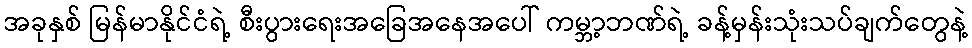
အခုနှစ် မြန်မာနိုင်ငံရဲ့ စီးပွားရေးအခြေအနေအပေါ် ကမ္ဘာ့ဘဏ်ရဲ့ ခန့်မှန်းသုံးသပ်ချက်တွေနဲ့